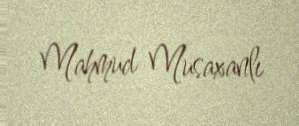
Mahmud Musaxanlı